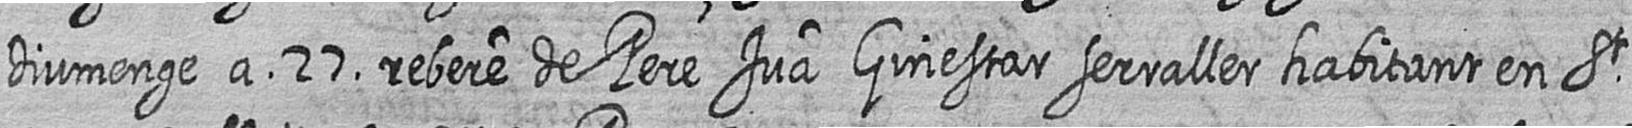
diumenge a 27 rebere de Pere Jua Ginestar serraller habitant en St